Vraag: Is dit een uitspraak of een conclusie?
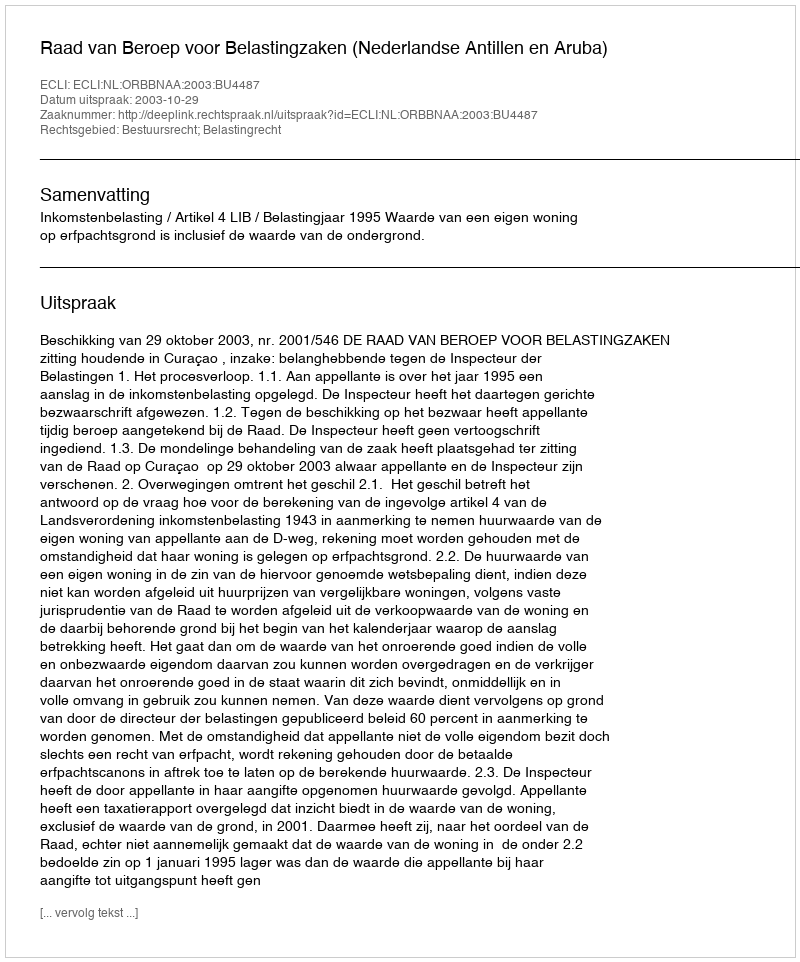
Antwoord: Uitspraak